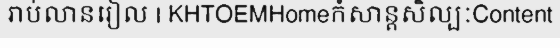
រាប់លានរៀល | KHTOEMHomeកំសាន្តសិល្បៈContent